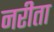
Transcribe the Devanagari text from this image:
नरीता